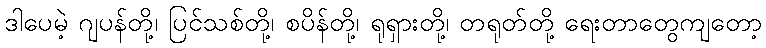
ဒါပေမဲ့ ဂျပန်တို့၊ ပြင်သစ်တို့၊ စပိန်တို့၊ ရုရှားတို့၊ တရုတ်တို့ ရေးတာတွေကျတော့